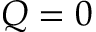
Q = 0